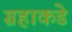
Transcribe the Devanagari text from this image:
ग्रहाकडे